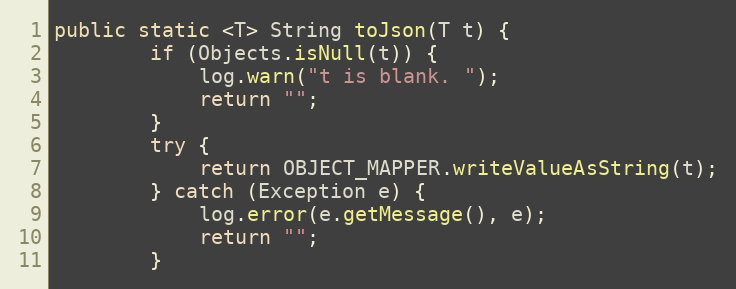
Language: Java
public static <T> String toJson(T t) {
        if (Objects.isNull(t)) {
            log.warn("t is blank. ");
            return "";
        }
        try {
            return OBJECT_MAPPER.writeValueAsString(t);
        } catch (Exception e) {
            log.error(e.getMessage(), e);
            return "";
        }